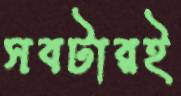
সবটারই